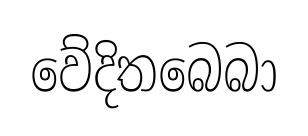
වේදිතබෙබා